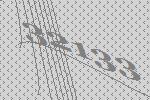
32133